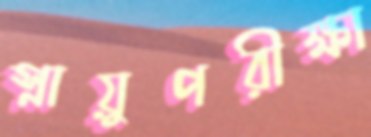
স্নায়ুপরীক্ষা